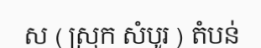
ស ( ស្រុក សំបូរ ) តំបន់